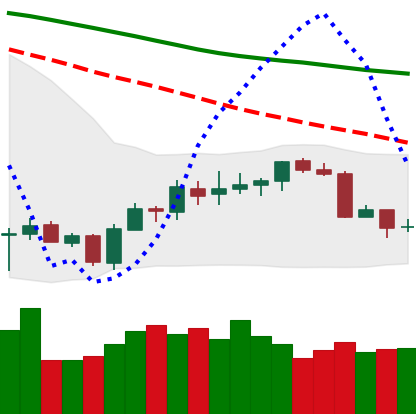
Ticker: BTC-USD
Chart end date: 2018-07-13
Forward return: 18.158%
Label: up_7plus